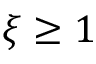
\xi \ge 1